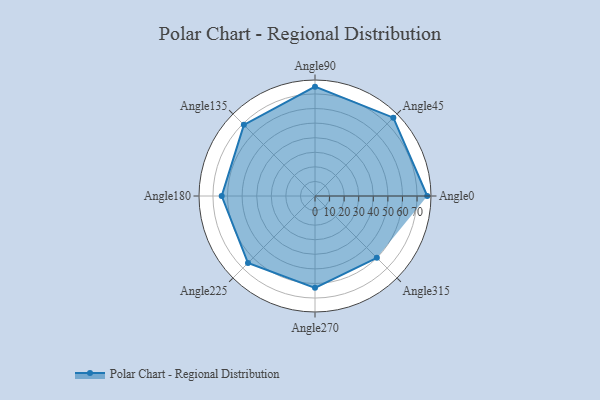
{"axis": {"x": "Angle", "y": "Radius"}, "legend": [""], "data": [{"x": "Angle0", "y": 77.0, "type": ""}, {"x": "Angle45", "y": 76.0, "type": ""}, {"x": "Angle90", "y": 75.0, "type": ""}, {"x": "Angle135", "y": 69.0, "type": ""}, {"x": "Angle180", "y": 64.0, "type": ""}, {"x": "Angle225", "y": 65.0, "type": ""}, {"x": "Angle270", "y": 63.0, "type": ""}, {"x": "Angle315", "y": 60.0, "type": ""}]}